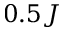
0 . 5 J